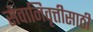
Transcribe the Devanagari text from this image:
सेवानिवृत्तीसाठी